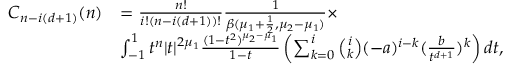
\begin{array} { r l } { C _ { n - i ( d + 1 ) } ( n ) } & { = \frac { n ! } { i ! ( n - i ( d + 1 ) ) ! } \frac { 1 } { \beta ( \mu _ { 1 } + \frac { 1 } { 2 } , \mu _ { 2 } - \mu _ { 1 } ) } \times } \\ & { \int _ { - 1 } ^ { 1 } t ^ { n } | t | ^ { 2 \mu _ { 1 } } \frac { ( 1 - t ^ { 2 } ) ^ { \mu _ { 2 } - \mu _ { 1 } } } { 1 - t } \left( \sum _ { k = 0 } ^ { i } { \binom { i } { k } } ( - a ) ^ { i - k } ( \frac { b } { t ^ { d + 1 } } ) ^ { k } \right) d t , } \end{array}